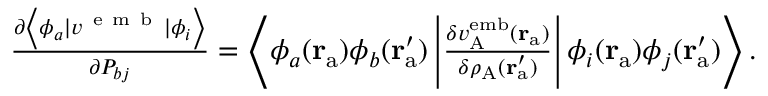
\begin{array} { r } { \frac { \partial \left\langle \phi _ { a } | { v } ^ { \mathrm { ~ e ~ m ~ b ~ } } | \phi _ { i } \right\rangle } { \partial P _ { b j } } = \left\langle \phi _ { a } ( \mathbf { r } _ { \mathrm { a } } ) \phi _ { b } ( \mathbf { r } _ { \mathrm { a } } ^ { \prime } ) \left| \frac { \delta v _ { \mathrm { A } } ^ { \mathrm { e m b } } ( \mathbf { r } _ { \mathrm { a } } ) } { \delta \rho _ { \mathrm { A } } ( \mathbf { r } _ { \mathrm { a } } ^ { \prime } ) } \right| \phi _ { i } ( \mathbf { r } _ { \mathrm { a } } ) \phi _ { j } ( \mathbf { r } _ { \mathrm { a } } ^ { \prime } ) \right\rangle . } \end{array}